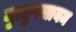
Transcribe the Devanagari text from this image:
मुत्तुपलायम